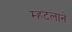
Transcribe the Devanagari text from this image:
म्हटलाने